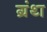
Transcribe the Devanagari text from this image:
ग्रंथ्‍ा